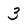
Character: 3